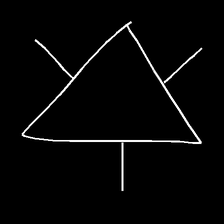
Glyph: fire